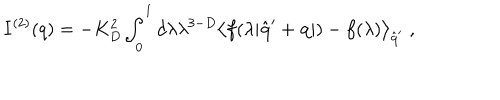
LaTeX: I ^ { ( 2 ) } ( q ) = - K _ { D } ^ { 2 } \int _ { 0 } ^ { 1 } d \lambda \lambda ^ { 3 - D } \left\langle f ( \lambda | \hat { \bf { q } } ^ { \prime } + { \bf { q } } | ) - f ( \lambda ) \right\rangle _ { \hat { \bf { q } } ^ { \prime } } \; ,